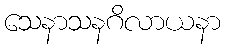
သေနာသနဂိလာယနာ